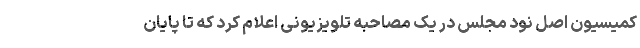
کمیسیون اصل نود مجلس در یک مصاحبه تلویزیونی اعلام کرد که تا پایان